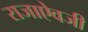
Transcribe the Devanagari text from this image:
राजाएेवजी